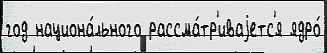
год национа́льного рассма́тр'иваjетс'я ядро́